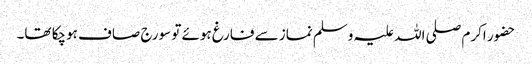
حضور اکرم صلی اللہ علیہ وسلم نماز سے فارغ ہوئے تو سورج صاف ہوچکا تھا۔